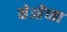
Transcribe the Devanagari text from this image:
मेओंच्या